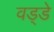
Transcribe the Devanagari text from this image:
वड्डे